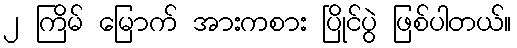
၂ ကြိမ် မြောက် အားကစား ပြိုင်ပွဲ ဖြစ်ပါတယ်။